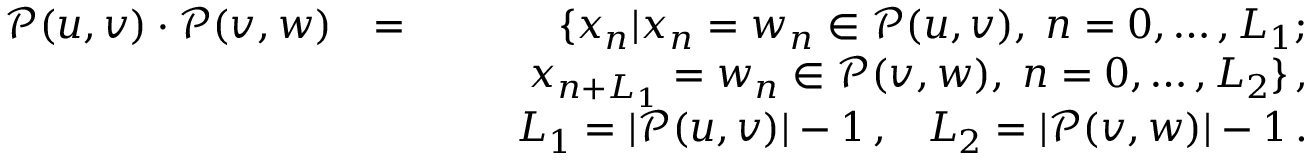
\begin{array} { r l r } { \mathcal { P } ( u , v ) \cdot \mathcal { P } ( v , w ) } & { = } & { \{ x _ { n } | x _ { n } = w _ { n } \in \mathcal { P } ( u , v ) , \; n = 0 , \ldots , L _ { 1 } ; } \\ & { } & { \qquad x _ { n + L _ { 1 } } = w _ { n } \in \mathcal { P } ( v , w ) , \; n = 0 , \ldots , L _ { 2 } \} \, , } \\ & { } & { \quad L _ { 1 } = | \mathcal { P } ( u , v ) | - 1 \, , \; \; \; L _ { 2 } = | \mathcal { P } ( v , w ) | - 1 \, . } \end{array}